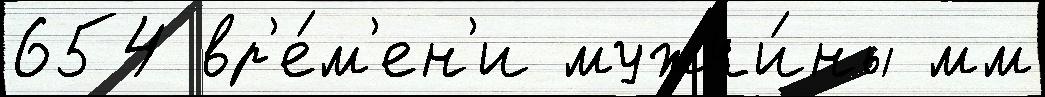
654 вр'е́м'ен'и мужчи́ны мм